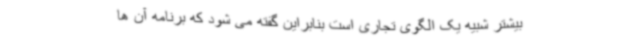
بیشتر شبیه یک الگوی تجاری است بنابراین گفته می شود که برنامه آن ها